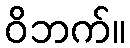
ဝိဘက်။